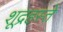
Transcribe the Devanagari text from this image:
शूद्रहस्ते